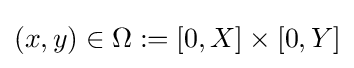
(x,y)\in \Omega :=[0,X]\times [0,Y]